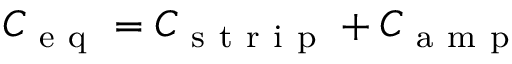
{ C _ { \mathrm { ~ e ~ q ~ } } = C _ { \mathrm { ~ s ~ t ~ r ~ i ~ p ~ } } + C _ { \mathrm { ~ a ~ m ~ p ~ } } }